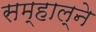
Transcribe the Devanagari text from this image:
सम्हाल्ने